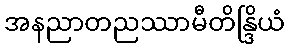
အနညာတညဿာမီတိန္ဒြိယံ